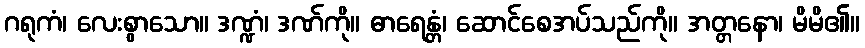
ဂရုကံ၊ လေးစွာသော။ ဒဏ္ဍံ၊ ဒဏ်ကို။ ဓာရေန္တံ၊ ဆောင်စေအပ်သည်ကို။ အတ္တနော၊ မိမိ၏။